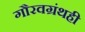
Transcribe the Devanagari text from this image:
गौरवग्रंथही